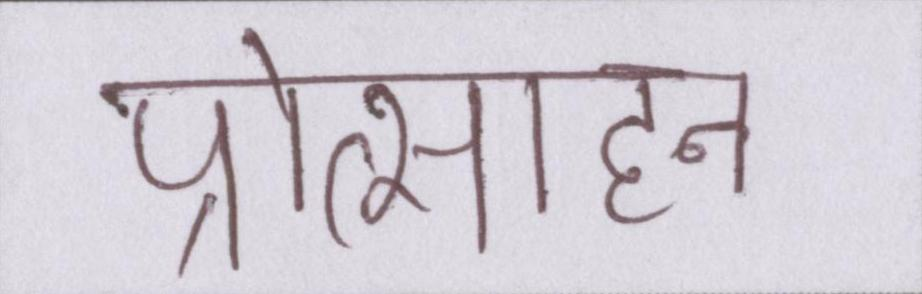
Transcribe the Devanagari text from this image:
प्रोत्साहन